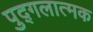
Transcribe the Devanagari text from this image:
पुद्गलात्मक